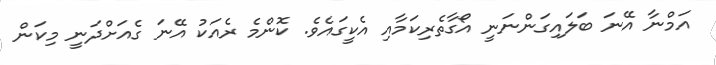
އަމްނާ އޭނަ ބަލައިގަންނަނީ އޯގާތެރިކަމާއި އެކީގައެވެ. ކޮންމެ ރެއަކު އޭނަ ގެއަށްދަނީ މިކަން